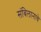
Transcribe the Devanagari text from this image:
संबिलानाचे